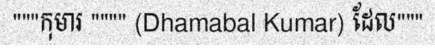
"""កុមារ """" (Dhamabal Kumar) ដែល"""